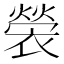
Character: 褮